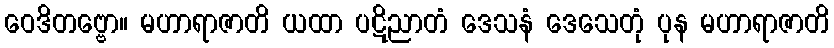
ဝေဒိတဗ္ဗော။ မဟာရာဇာတိ ယထာ ပဋိညာတံ ဒေသနံ ဒေသေတုံ ပုန မဟာရာဇာတိ